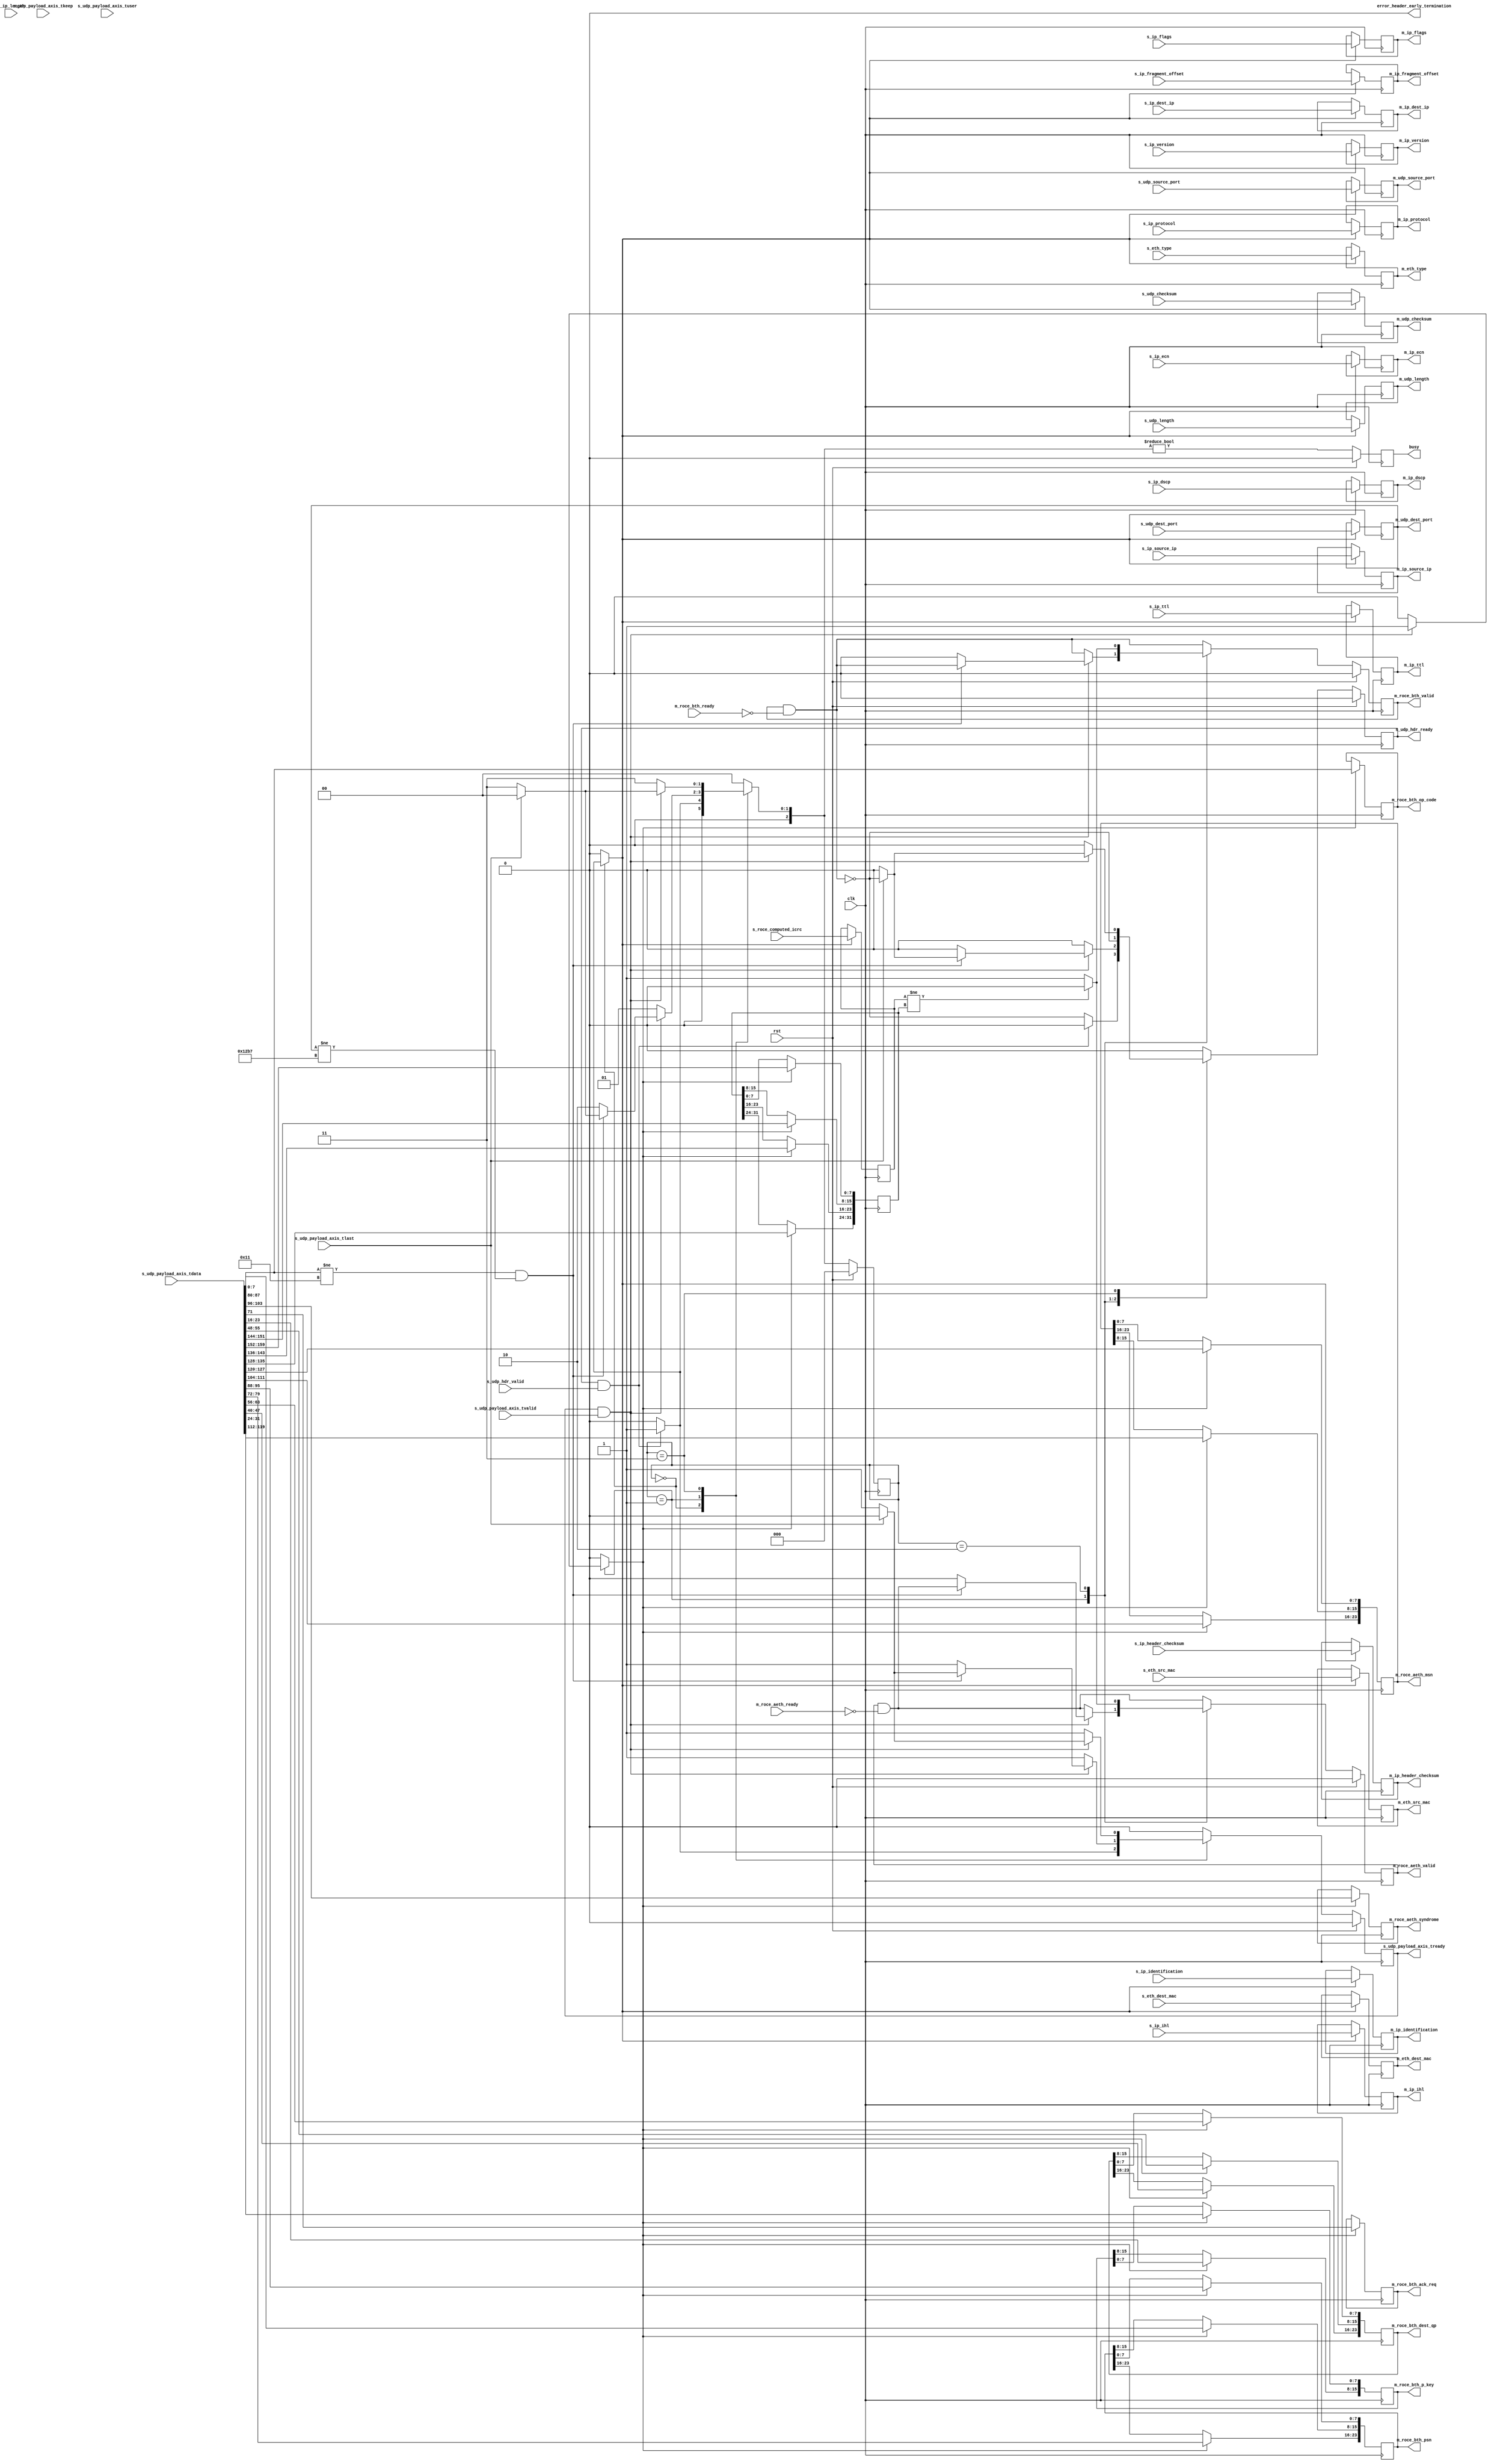
/*

Copyright (c) 2014-2018 Alex Forencich

Permission is hereby granted, free of charge, to any person obtaining a copy
of this software and associated documentation files (the "Software"), to deal
in the Software without restriction, including without limitation the rights
to use, copy, modify, merge, publish, distribute, sublicense, and/or sell
copies of the Software, and to permit persons to whom the Software is
furnished to do so, subject to the following conditions:

The above copyright notice and this permission notice shall be included in
all copies or substantial portions of the Software.

THE SOFTWARE IS PROVIDED "AS IS", WITHOUT WARRANTY OF ANY KIND, EXPRESS OR
IMPLIED, INCLUDING BUT NOT LIMITED TO THE WARRANTIES OF MERCHANTABILITY
FITNESS FOR A PARTICULAR PURPOSE AND NONINFRINGEMENT. IN NO EVENT SHALL THE
AUTHORS OR COPYRIGHT HOLDERS BE LIABLE FOR ANY CLAIM, DAMAGES OR OTHER
LIABILITY, WHETHER IN AN ACTION OF CONTRACT, TORT OR OTHERWISE, ARISING FROM,
OUT OF OR IN CONNECTION WITH THE SOFTWARE OR THE USE OR OTHER DEALINGS IN
THE SOFTWARE.

*/

// Language: Verilog 2001

`resetall `timescale 1ns / 1ps `default_nettype none

/*
 * roce ethernet frame receiver (UDP frame in, RoCE frame out, 64 bit datapath)
 */
module RoCE_udp_rx_512 #(
    parameter ENABLE_ICRC_CHECK = 1'b1
) (
    input wire clk,
    input wire rst,

    /*
     * UDP frame input
     */
    input  wire         s_udp_hdr_valid,
    output wire         s_udp_hdr_ready,
    input  wire [ 47:0] s_eth_dest_mac,
    input  wire [ 47:0] s_eth_src_mac,
    input  wire [ 15:0] s_eth_type,
    input  wire [  3:0] s_ip_version,
    input  wire [  3:0] s_ip_ihl,
    input  wire [  5:0] s_ip_dscp,
    input  wire [  1:0] s_ip_ecn,
    input  wire [ 15:0] s_ip_length,
    input  wire [ 15:0] s_ip_identification,
    input  wire [  2:0] s_ip_flags,
    input  wire [ 12:0] s_ip_fragment_offset,
    input  wire [  7:0] s_ip_ttl,
    input  wire [  7:0] s_ip_protocol,
    input  wire [ 15:0] s_ip_header_checksum,
    input  wire [ 31:0] s_ip_source_ip,
    input  wire [ 31:0] s_ip_dest_ip,
    input  wire [ 15:0] s_udp_source_port,
    input  wire [ 15:0] s_udp_dest_port,
    input  wire [ 15:0] s_udp_length,
    input  wire [ 15:0] s_udp_checksum,
    input  wire [ 31:0] s_roce_computed_icrc,
    input  wire [511:0] s_udp_payload_axis_tdata,
    input  wire [ 63:0] s_udp_payload_axis_tkeep,
    input  wire         s_udp_payload_axis_tvalid,
    output wire         s_udp_payload_axis_tready,
    input  wire         s_udp_payload_axis_tlast,
    input  wire         s_udp_payload_axis_tuser,


    /*
     * RoCE frame output
     */
    // BTH
    output wire        m_roce_bth_valid,
    input  wire        m_roce_bth_ready,
    output wire [ 7:0] m_roce_bth_op_code,
    output wire [15:0] m_roce_bth_p_key,
    output wire [23:0] m_roce_bth_psn,
    output wire [23:0] m_roce_bth_dest_qp,
    output wire        m_roce_bth_ack_req,
    // AETH
    output wire        m_roce_aeth_valid,
    input  wire        m_roce_aeth_ready,
    output wire [ 7:0] m_roce_aeth_syndrome,
    output wire [23:0] m_roce_aeth_msn,
    /*
    // RETH
    output wire        m_roce_reth_valid,
    input  wire        m_roce_reth_ready,
    output wire [63:0] m_roce_reth_v_addr,
    output wire [31:0] m_roce_reth_r_key,
    output wire [31:0] m_roce_reth_length,
    // IMMD
    output wire        m_roce_immdh_valid,
    input  wire        m_roce_immdh_ready,
    output wire [31:0] m_roce_immdh_data,
    */
    // udp, ip, eth
    output wire [47:0] m_eth_dest_mac,
    output wire [47:0] m_eth_src_mac,
    output wire [15:0] m_eth_type,
    output wire [ 3:0] m_ip_version,
    output wire [ 3:0] m_ip_ihl,
    output wire [ 5:0] m_ip_dscp,
    output wire [ 1:0] m_ip_ecn,
    output wire [15:0] m_ip_identification,
    output wire [ 2:0] m_ip_flags,
    output wire [12:0] m_ip_fragment_offset,
    output wire [ 7:0] m_ip_ttl,
    output wire [ 7:0] m_ip_protocol,
    output wire [15:0] m_ip_header_checksum,
    output wire [31:0] m_ip_source_ip,
    output wire [31:0] m_ip_dest_ip,
    output wire [15:0] m_udp_source_port,
    output wire [15:0] m_udp_dest_port,
    output wire [15:0] m_udp_length,
    output wire [15:0] m_udp_checksum,
    /* TODO maybe implement something here?
    output wire [63:0] m_roce_payload_axis_tdata,
    output wire [ 7:0] m_roce_payload_axis_tkeep,
    output wire        m_roce_payload_axis_tvalid,
    input  wire        m_roce_payload_axis_tready,
    output wire        m_roce_payload_axis_tlast,
    output wire        m_roce_payload_axis_tuser,
    */
    /*
     * Status signals
     */
    output wire        busy,
    output wire        error_header_early_termination
);

  /*

RoCE ACK Frame.

RDMA ACK 
IP_HDR + UDP_HDR + BTH + AETH + PAYLOAD + ICRC


+--------------------------------------+
|                BTH                   |
+--------------------------------------+
 Field                       Length
 OP code                     1 octet
 Solicited Event             1 bit
 Mig request                 1 bit
 Pad count                   2 bits
 Header version              4 bits
 Partition key               2 octets
 Reserved                    1 octet
 Queue Pair Number           3 octets
 Ack request                 1 bit
 Reserved                    7 bits
 Packet Sequence Number      3 octets
+--------------------------------------+
|               RETH                   |
+--------------------------------------+
 Field                       Length
 Remote Address              8 octets
 R key                       4 octets
 DMA length                  4 octets
+--------------------------------------+
|               IMMD                   |
+--------------------------------------+
 Field                       Length
 Immediate data              4 octets
+--------------------------------------+
|               AETH                   |
+--------------------------------------+
 Field                       Length
 Syndrome                    1 octet
 Message Sequence Number     3 octets
 
 payload                     length octets
+--------------------------------------+
|               ICRC                   |
+--------------------------------------+
 Field                       Length
 ICRC field                  4 octets

This module receives an IP frame with header fields in parallel and payload on
an AXI stream interface, decodes and strips the UDP header fields, then
produces the header fields in parallel along with the UDP payload in a
separate AXI stream.

*/
  localparam [7:0]
    RC_RDMA_WRITE_FIRST   = 8'h06,
    RC_RDMA_WRITE_MIDDLE  = 8'h07,
    RC_RDMA_WRITE_LAST    = 8'h08,
    RC_RDMA_WRITE_LAST_IMD= 8'h09,
    RC_RDMA_WRITE_ONLY    = 8'h0A,
    RC_RDMA_WRITE_ONLY_IMD= 8'h0B,
    RC_RDMA_ACK           = 8'h11;

  localparam [15:0] ROCE_UDP_PORT = 16'h12B7;


  localparam [2:0] STATE_IDLE = 3'd0, STATE_READ_BTH_AETH = 3'd1, STATE_CHECK_ICRC = 3'd2, STATE_WAIT_LAST = 3'd3;

  reg [2:0] state_reg = STATE_IDLE, state_next;

  // datapath control signals
  reg store_udp_hdr;
  reg store_hdr_word_0;
  reg store_last_word;

  reg [5:0] hdr_ptr_reg = 6'd0, hdr_ptr_next;
  reg [15:0] word_count_reg = 16'd0, word_count_next;

  reg [511:0] last_word_data_reg = 512'd0;
  reg [ 63:0] last_word_keep_reg = 64'd0;

  reg m_roce_bth_valid_reg = 1'b0, m_roce_bth_valid_next;
  reg [ 7:0] m_roce_bth_op_code_reg;
  reg [15:0] m_roce_bth_p_key_reg;
  reg [23:0] m_roce_bth_psn_reg;
  reg [23:0] m_roce_bth_dest_qp_reg;
  reg        m_roce_bth_ack_req_reg;

  reg m_roce_aeth_valid_reg = 1'b0, m_roce_aeth_valid_next;
  reg [ 7:0] m_roce_aeth_syndrome_reg;
  reg [23:0] m_roce_aeth_msn_reg;

  reg [47:0] m_eth_dest_mac_reg = 48'd0;
  reg [47:0] m_eth_src_mac_reg = 48'd0;
  reg [15:0] m_eth_type_reg = 16'd0;
  reg [ 3:0] m_ip_version_reg = 4'd0;
  reg [ 3:0] m_ip_ihl_reg = 4'd0;
  reg [ 5:0] m_ip_dscp_reg = 6'd0;
  reg [ 1:0] m_ip_ecn_reg = 2'd0;
  reg [15:0] m_ip_length_reg = 16'd0;
  reg [15:0] m_ip_identification_reg = 16'd0;
  reg [ 2:0] m_ip_flags_reg = 3'd0;
  reg [12:0] m_ip_fragment_offset_reg = 13'd0;
  reg [ 7:0] m_ip_ttl_reg = 8'd0;
  reg [ 7:0] m_ip_protocol_reg = 8'd0;
  reg [15:0] m_ip_header_checksum_reg = 16'd0;
  reg [31:0] m_ip_source_ip_reg = 32'd0;
  reg [31:0] m_ip_dest_ip_reg = 32'd0;
  reg [15:0] m_udp_source_port_reg = 16'd0;
  reg [15:0] m_udp_dest_port_reg = 16'd0;
  reg [15:0] m_udp_length_reg = 16'd0;
  reg [15:0] m_udp_checksum_reg = 16'd0;

  reg [31:0] m_roce_computed_icrc_reg = 32'd0;
  reg [31:0] m_roce_recieved_icrc_reg = 32'd0;

  reg error_not_roce_ack_reg = 1'b0, error_not_roce_ack_next;

  reg s_udp_hdr_ready_reg = 1'b0, s_udp_hdr_ready_next;
  reg s_udp_payload_axis_tready_reg = 1'b0, s_udp_payload_axis_tready_next;

  reg busy_reg = 1'b0;
  reg error_header_early_termination_reg = 1'b0, error_header_early_termination_next;

  /*
  // internal datapath
  reg  [511:0] m_roce_payload_axis_tdata_int;
  reg  [ 63:0] m_roce_payload_axis_tkeep_int;
  reg         m_roce_payload_axis_tvalid_int;
  reg         m_roce_payload_axis_tready_int_reg = 1'b0;
  reg         m_roce_payload_axis_tlast_int;
  reg         m_roce_payload_axis_tuser_int;
  wire        m_roce_payload_axis_tready_int_early;
  */

  assign s_udp_hdr_ready                = s_udp_hdr_ready_reg;
  assign s_udp_payload_axis_tready      = s_udp_payload_axis_tready_reg;

  assign m_roce_bth_valid               = m_roce_bth_valid_reg;
  assign m_roce_bth_op_code             = m_roce_bth_op_code_reg;
  assign m_roce_bth_p_key               = m_roce_bth_p_key_reg;
  assign m_roce_bth_psn                 = m_roce_bth_psn_reg;
  assign m_roce_bth_dest_qp             = m_roce_bth_dest_qp_reg;
  assign m_roce_bth_ack_req             = m_roce_bth_ack_req_reg;
  assign m_roce_aeth_valid              = m_roce_aeth_valid_reg;
  assign m_roce_aeth_syndrome           = m_roce_aeth_syndrome_reg;
  assign m_roce_aeth_msn                = m_roce_aeth_msn_reg;
  assign m_eth_dest_mac                 = m_eth_dest_mac_reg;
  assign m_eth_src_mac                  = m_eth_src_mac_reg;
  assign m_eth_type                     = m_eth_type_reg;
  assign m_ip_version                   = m_ip_version_reg;
  assign m_ip_ihl                       = m_ip_ihl_reg;
  assign m_ip_dscp                      = m_ip_dscp_reg;
  assign m_ip_ecn                       = m_ip_ecn_reg;
  assign m_ip_identification            = m_ip_identification_reg;
  assign m_ip_flags                     = m_ip_flags_reg;
  assign m_ip_fragment_offset           = m_ip_fragment_offset_reg;
  assign m_ip_ttl                       = m_ip_ttl_reg;
  assign m_ip_protocol                  = m_ip_protocol_reg;
  assign m_ip_header_checksum           = m_ip_header_checksum_reg;
  assign m_ip_source_ip                 = m_ip_source_ip_reg;
  assign m_ip_dest_ip                   = m_ip_dest_ip_reg;
  assign m_udp_source_port              = m_udp_source_port_reg;
  assign m_udp_dest_port                = m_udp_dest_port_reg;
  assign m_udp_length                   = m_udp_length_reg;
  assign m_udp_checksum                 = m_udp_checksum_reg;

  assign busy                           = busy_reg;
  assign error_header_early_termination = error_header_early_termination_reg;

  function [15:0] keep2count;
    input [63:0] k;
    casez (k)
      64'bzzzzzzzzzzzzzzzzzzzzzzzzzzzzzzzzzzzzzzzzzzzzzzzzzzzzzzzzzzzzzzz0: keep2count = 16'd0;
      64'bzzzzzzzzzzzzzzzzzzzzzzzzzzzzzzzzzzzzzzzzzzzzzzzzzzzzzzzzzzzzzz01: keep2count = 16'd1;
      64'bzzzzzzzzzzzzzzzzzzzzzzzzzzzzzzzzzzzzzzzzzzzzzzzzzzzzzzzzzzzzz011: keep2count = 16'd2;
      64'bzzzzzzzzzzzzzzzzzzzzzzzzzzzzzzzzzzzzzzzzzzzzzzzzzzzzzzzzzzzz0111: keep2count = 16'd3;
      64'bzzzzzzzzzzzzzzzzzzzzzzzzzzzzzzzzzzzzzzzzzzzzzzzzzzzzzzzzzzz01111: keep2count = 16'd4;
      64'bzzzzzzzzzzzzzzzzzzzzzzzzzzzzzzzzzzzzzzzzzzzzzzzzzzzzzzzzzz011111: keep2count = 16'd5;
      64'bzzzzzzzzzzzzzzzzzzzzzzzzzzzzzzzzzzzzzzzzzzzzzzzzzzzzzzzzz0111111: keep2count = 16'd6;
      64'bzzzzzzzzzzzzzzzzzzzzzzzzzzzzzzzzzzzzzzzzzzzzzzzzzzzzzzzz01111111: keep2count = 16'd7;
      64'bzzzzzzzzzzzzzzzzzzzzzzzzzzzzzzzzzzzzzzzzzzzzzzzzzzzzzzz011111111: keep2count = 16'd8;
      64'bzzzzzzzzzzzzzzzzzzzzzzzzzzzzzzzzzzzzzzzzzzzzzzzzzzzzzz0111111111: keep2count = 16'd9;
      64'bzzzzzzzzzzzzzzzzzzzzzzzzzzzzzzzzzzzzzzzzzzzzzzzzzzzzz01111111111: keep2count = 16'd10;
      64'bzzzzzzzzzzzzzzzzzzzzzzzzzzzzzzzzzzzzzzzzzzzzzzzzzzzz011111111111: keep2count = 16'd11;
      64'bzzzzzzzzzzzzzzzzzzzzzzzzzzzzzzzzzzzzzzzzzzzzzzzzzzz0111111111111: keep2count = 16'd12;
      64'bzzzzzzzzzzzzzzzzzzzzzzzzzzzzzzzzzzzzzzzzzzzzzzzzzz01111111111111: keep2count = 16'd13;
      64'bzzzzzzzzzzzzzzzzzzzzzzzzzzzzzzzzzzzzzzzzzzzzzzzzz011111111111111: keep2count = 16'd14;
      64'bzzzzzzzzzzzzzzzzzzzzzzzzzzzzzzzzzzzzzzzzzzzzzzzz0111111111111111: keep2count = 16'd15;
      64'bzzzzzzzzzzzzzzzzzzzzzzzzzzzzzzzzzzzzzzzzzzzzzzz01111111111111111: keep2count = 16'd16;
      64'bzzzzzzzzzzzzzzzzzzzzzzzzzzzzzzzzzzzzzzzzzzzzzz011111111111111111: keep2count = 16'd17;
      64'bzzzzzzzzzzzzzzzzzzzzzzzzzzzzzzzzzzzzzzzzzzzzz0111111111111111111: keep2count = 16'd18;
      64'bzzzzzzzzzzzzzzzzzzzzzzzzzzzzzzzzzzzzzzzzzzzz01111111111111111111: keep2count = 16'd19;
      64'bzzzzzzzzzzzzzzzzzzzzzzzzzzzzzzzzzzzzzzzzzzz011111111111111111111: keep2count = 16'd20;
      64'bzzzzzzzzzzzzzzzzzzzzzzzzzzzzzzzzzzzzzzzzzz0111111111111111111111: keep2count = 16'd21;
      64'bzzzzzzzzzzzzzzzzzzzzzzzzzzzzzzzzzzzzzzzzz01111111111111111111111: keep2count = 16'd22;
      64'bzzzzzzzzzzzzzzzzzzzzzzzzzzzzzzzzzzzzzzzz011111111111111111111111: keep2count = 16'd23;
      64'bzzzzzzzzzzzzzzzzzzzzzzzzzzzzzzzzzzzzzzz0111111111111111111111111: keep2count = 16'd24;
      64'bzzzzzzzzzzzzzzzzzzzzzzzzzzzzzzzzzzzzzz01111111111111111111111111: keep2count = 16'd25;
      64'bzzzzzzzzzzzzzzzzzzzzzzzzzzzzzzzzzzzzz011111111111111111111111111: keep2count = 16'd26;
      64'bzzzzzzzzzzzzzzzzzzzzzzzzzzzzzzzzzzzz0111111111111111111111111111: keep2count = 16'd27;
      64'bzzzzzzzzzzzzzzzzzzzzzzzzzzzzzzzzzzz01111111111111111111111111111: keep2count = 16'd28;
      64'bzzzzzzzzzzzzzzzzzzzzzzzzzzzzzzzzzz011111111111111111111111111111: keep2count = 16'd29;
      64'bzzzzzzzzzzzzzzzzzzzzzzzzzzzzzzzzz0111111111111111111111111111111: keep2count = 16'd30;
      64'bzzzzzzzzzzzzzzzzzzzzzzzzzzzzzzzz01111111111111111111111111111111: keep2count = 16'd31;
      64'bzzzzzzzzzzzzzzzzzzzzzzzzzzzzzzz011111111111111111111111111111111: keep2count = 16'd32;
      64'bzzzzzzzzzzzzzzzzzzzzzzzzzzzzzz0111111111111111111111111111111111: keep2count = 16'd33;
      64'bzzzzzzzzzzzzzzzzzzzzzzzzzzzzz01111111111111111111111111111111111: keep2count = 16'd34;
      64'bzzzzzzzzzzzzzzzzzzzzzzzzzzzz011111111111111111111111111111111111: keep2count = 16'd35;
      64'bzzzzzzzzzzzzzzzzzzzzzzzzzzz0111111111111111111111111111111111111: keep2count = 16'd36;
      64'bzzzzzzzzzzzzzzzzzzzzzzzzzz01111111111111111111111111111111111111: keep2count = 16'd37;
      64'bzzzzzzzzzzzzzzzzzzzzzzzzz011111111111111111111111111111111111111: keep2count = 16'd38;
      64'bzzzzzzzzzzzzzzzzzzzzzzzz0111111111111111111111111111111111111111: keep2count = 16'd39;
      64'bzzzzzzzzzzzzzzzzzzzzzzz01111111111111111111111111111111111111111: keep2count = 16'd40;
      64'bzzzzzzzzzzzzzzzzzzzzzz011111111111111111111111111111111111111111: keep2count = 16'd41;
      64'bzzzzzzzzzzzzzzzzzzzzz0111111111111111111111111111111111111111111: keep2count = 16'd42;
      64'bzzzzzzzzzzzzzzzzzzzz01111111111111111111111111111111111111111111: keep2count = 16'd43;
      64'bzzzzzzzzzzzzzzzzzzz011111111111111111111111111111111111111111111: keep2count = 16'd44;
      64'bzzzzzzzzzzzzzzzzzz0111111111111111111111111111111111111111111111: keep2count = 16'd45;
      64'bzzzzzzzzzzzzzzzzz01111111111111111111111111111111111111111111111: keep2count = 16'd46;
      64'bzzzzzzzzzzzzzzzz011111111111111111111111111111111111111111111111: keep2count = 16'd47;
      64'bzzzzzzzzzzzzzzz0111111111111111111111111111111111111111111111111: keep2count = 16'd48;
      64'bzzzzzzzzzzzzzz01111111111111111111111111111111111111111111111111: keep2count = 16'd49;
      64'bzzzzzzzzzzzzz011111111111111111111111111111111111111111111111111: keep2count = 16'd50;
      64'bzzzzzzzzzzzz0111111111111111111111111111111111111111111111111111: keep2count = 16'd51;
      64'bzzzzzzzzzzz01111111111111111111111111111111111111111111111111111: keep2count = 16'd52;
      64'bzzzzzzzzzz011111111111111111111111111111111111111111111111111111: keep2count = 16'd53;
      64'bzzzzzzzzz0111111111111111111111111111111111111111111111111111111: keep2count = 16'd54;
      64'bzzzzzzzz01111111111111111111111111111111111111111111111111111111: keep2count = 16'd55;
      64'bzzzzzzz011111111111111111111111111111111111111111111111111111111: keep2count = 16'd56;
      64'bzzzzzz0111111111111111111111111111111111111111111111111111111111: keep2count = 16'd57;
      64'bzzzzz01111111111111111111111111111111111111111111111111111111111: keep2count = 16'd58;
      64'bzzzz011111111111111111111111111111111111111111111111111111111111: keep2count = 16'd59;
      64'bzzz0111111111111111111111111111111111111111111111111111111111111: keep2count = 16'd60;
      64'bzz01111111111111111111111111111111111111111111111111111111111111: keep2count = 16'd61;
      64'bz011111111111111111111111111111111111111111111111111111111111111: keep2count = 16'd62;
      64'b0111111111111111111111111111111111111111111111111111111111111111: keep2count = 16'd63;
      64'b1111111111111111111111111111111111111111111111111111111111111111: keep2count = 16'd64;
    endcase
  endfunction

  function [63:0] count2keep;
    input [6:0] k;
    case (k)
      7'd0:    count2keep = 64'b0000000000000000000000000000000000000000000000000000000000000000;
      7'd1:    count2keep = 64'b0000000000000000000000000000000000000000000000000000000000000001;
      7'd2:    count2keep = 64'b0000000000000000000000000000000000000000000000000000000000000011;
      7'd3:    count2keep = 64'b0000000000000000000000000000000000000000000000000000000000000111;
      7'd4:    count2keep = 64'b0000000000000000000000000000000000000000000000000000000000001111;
      7'd5:    count2keep = 64'b0000000000000000000000000000000000000000000000000000000000011111;
      7'd6:    count2keep = 64'b0000000000000000000000000000000000000000000000000000000000111111;
      7'd7:    count2keep = 64'b0000000000000000000000000000000000000000000000000000000001111111;
      7'd8:    count2keep = 64'b0000000000000000000000000000000000000000000000000000000011111111;
      7'd9:    count2keep = 64'b0000000000000000000000000000000000000000000000000000000111111111;
      7'd10:   count2keep = 64'b0000000000000000000000000000000000000000000000000000001111111111;
      7'd11:   count2keep = 64'b0000000000000000000000000000000000000000000000000000011111111111;
      7'd12:   count2keep = 64'b0000000000000000000000000000000000000000000000000000111111111111;
      7'd13:   count2keep = 64'b0000000000000000000000000000000000000000000000000001111111111111;
      7'd14:   count2keep = 64'b0000000000000000000000000000000000000000000000000011111111111111;
      7'd15:   count2keep = 64'b0000000000000000000000000000000000000000000000000111111111111111;
      7'd16:   count2keep = 64'b0000000000000000000000000000000000000000000000001111111111111111;
      7'd17:   count2keep = 64'b0000000000000000000000000000000000000000000000011111111111111111;
      7'd18:   count2keep = 64'b0000000000000000000000000000000000000000000000111111111111111111;
      7'd19:   count2keep = 64'b0000000000000000000000000000000000000000000001111111111111111111;
      7'd20:   count2keep = 64'b0000000000000000000000000000000000000000000011111111111111111111;
      7'd21:   count2keep = 64'b0000000000000000000000000000000000000000000111111111111111111111;
      7'd22:   count2keep = 64'b0000000000000000000000000000000000000000001111111111111111111111;
      7'd23:   count2keep = 64'b0000000000000000000000000000000000000000011111111111111111111111;
      7'd24:   count2keep = 64'b0000000000000000000000000000000000000000111111111111111111111111;
      7'd25:   count2keep = 64'b0000000000000000000000000000000000000001111111111111111111111111;
      7'd26:   count2keep = 64'b0000000000000000000000000000000000000011111111111111111111111111;
      7'd27:   count2keep = 64'b0000000000000000000000000000000000000111111111111111111111111111;
      7'd28:   count2keep = 64'b0000000000000000000000000000000000001111111111111111111111111111;
      7'd29:   count2keep = 64'b0000000000000000000000000000000000011111111111111111111111111111;
      7'd30:   count2keep = 64'b0000000000000000000000000000000000111111111111111111111111111111;
      7'd31:   count2keep = 64'b0000000000000000000000000000000001111111111111111111111111111111;
      7'd32:   count2keep = 64'b0000000000000000000000000000000011111111111111111111111111111111;
      7'd33:   count2keep = 64'b0000000000000000000000000000000111111111111111111111111111111111;
      7'd34:   count2keep = 64'b0000000000000000000000000000001111111111111111111111111111111111;
      7'd35:   count2keep = 64'b0000000000000000000000000000011111111111111111111111111111111111;
      7'd36:   count2keep = 64'b0000000000000000000000000000111111111111111111111111111111111111;
      7'd37:   count2keep = 64'b0000000000000000000000000001111111111111111111111111111111111111;
      7'd38:   count2keep = 64'b0000000000000000000000000011111111111111111111111111111111111111;
      7'd39:   count2keep = 64'b0000000000000000000000000111111111111111111111111111111111111111;
      7'd40:   count2keep = 64'b0000000000000000000000001111111111111111111111111111111111111111;
      7'd41:   count2keep = 64'b0000000000000000000000011111111111111111111111111111111111111111;
      7'd42:   count2keep = 64'b0000000000000000000000111111111111111111111111111111111111111111;
      7'd43:   count2keep = 64'b0000000000000000000001111111111111111111111111111111111111111111;
      7'd44:   count2keep = 64'b0000000000000000000011111111111111111111111111111111111111111111;
      7'd45:   count2keep = 64'b0000000000000000000111111111111111111111111111111111111111111111;
      7'd46:   count2keep = 64'b0000000000000000001111111111111111111111111111111111111111111111;
      7'd47:   count2keep = 64'b0000000000000000011111111111111111111111111111111111111111111111;
      7'd48:   count2keep = 64'b0000000000000000111111111111111111111111111111111111111111111111;
      7'd49:   count2keep = 64'b0000000000000001111111111111111111111111111111111111111111111111;
      7'd50:   count2keep = 64'b0000000000000011111111111111111111111111111111111111111111111111;
      7'd51:   count2keep = 64'b0000000000000111111111111111111111111111111111111111111111111111;
      7'd52:   count2keep = 64'b0000000000001111111111111111111111111111111111111111111111111111;
      7'd53:   count2keep = 64'b0000000000011111111111111111111111111111111111111111111111111111;
      7'd54:   count2keep = 64'b0000000000111111111111111111111111111111111111111111111111111111;
      7'd55:   count2keep = 64'b0000000001111111111111111111111111111111111111111111111111111111;
      7'd56:   count2keep = 64'b0000000011111111111111111111111111111111111111111111111111111111;
      7'd57:   count2keep = 64'b0000000111111111111111111111111111111111111111111111111111111111;
      7'd58:   count2keep = 64'b0000001111111111111111111111111111111111111111111111111111111111;
      7'd59:   count2keep = 64'b0000011111111111111111111111111111111111111111111111111111111111;
      7'd60:   count2keep = 64'b0000111111111111111111111111111111111111111111111111111111111111;
      7'd61:   count2keep = 64'b0001111111111111111111111111111111111111111111111111111111111111;
      7'd62:   count2keep = 64'b0011111111111111111111111111111111111111111111111111111111111111;
      7'd63:   count2keep = 64'b0111111111111111111111111111111111111111111111111111111111111111;
      7'd64:   count2keep = 64'b1111111111111111111111111111111111111111111111111111111111111111;
      default: count2keep = 64'b1111111111111111111111111111111111111111111111111111111111111111;
    endcase
  endfunction

  always @* begin
    state_next = STATE_IDLE;

    s_udp_hdr_ready_next = 1'b0;
    s_udp_payload_axis_tready_next = 1'b0;

    store_udp_hdr = 1'b0;
    store_hdr_word_0 = 1'b0;

    store_last_word = 1'b0;

    hdr_ptr_next = hdr_ptr_reg;
    word_count_next = word_count_reg;

    m_roce_bth_valid_next = m_roce_bth_valid_reg && !m_roce_bth_ready;
    m_roce_aeth_valid_next = m_roce_aeth_valid_reg && !m_roce_aeth_ready;

    error_not_roce_ack_next = 1'b0;
    error_header_early_termination_next = 1'b0;

    /*
    m_roce_payload_axis_tdata_int = 64'd0;
    m_roce_payload_axis_tkeep_int = 8'd0;
    m_roce_payload_axis_tvalid_int = 1'b0;
    m_roce_payload_axis_tlast_int = 1'b0;
    m_roce_payload_axis_tuser_int = 1'b0;
    */

    case (state_reg)
      STATE_IDLE: begin
        // idle state - wait for header
        hdr_ptr_next = 6'd0;
        s_udp_hdr_ready_next = !m_roce_bth_valid_next;

        if (s_udp_hdr_ready && s_udp_hdr_valid) begin
          s_udp_hdr_ready_next = 1'b0;
          s_udp_payload_axis_tready_next = 1'b1;
          store_udp_hdr = 1'b1;
          state_next = STATE_READ_BTH_AETH;
        end else begin
          state_next = STATE_IDLE;
        end
      end
      STATE_READ_BTH_AETH: begin
        // read header state
        s_udp_payload_axis_tready_next = 1'b1;

        word_count_next = m_udp_length_reg;

        if (s_udp_payload_axis_tready && s_udp_payload_axis_tvalid) begin
          // word transfer in - store it
          state_next = STATE_READ_BTH_AETH;

          store_hdr_word_0 = 1'b1;
          if (s_udp_payload_axis_tdata[7:0] != RC_RDMA_ACK && m_udp_dest_port_reg != ROCE_UDP_PORT) begin
            // Drop anything beside RDMA ACK packets
            error_not_roce_ack_next = 1'b1;
            if (s_udp_payload_axis_tlast) begin
              s_udp_hdr_ready_next = !m_roce_bth_valid_next;
              s_udp_payload_axis_tready_next = 1'b0;
              state_next = STATE_IDLE;
            end else begin
              s_udp_payload_axis_tready_next = 1'b1;
              state_next = STATE_WAIT_LAST;
            end
          end else begin
            state_next = STATE_CHECK_ICRC;
            m_roce_bth_valid_next  <= 1'b0;
            m_roce_aeth_valid_next <= 1'b0;
          end
        end else begin
          state_next = STATE_READ_BTH_AETH;
        end
      end

      STATE_CHECK_ICRC: begin

        s_udp_payload_axis_tready_next = 1'b0;
        s_udp_hdr_ready_next = !m_roce_bth_valid_next;
        state_next = STATE_IDLE;
        if (ENABLE_ICRC_CHECK) begin
          if (m_roce_computed_icrc_reg != m_roce_recieved_icrc_reg) begin
            m_roce_bth_valid_next  = 1'b0;
            m_roce_aeth_valid_next = 1'b0;
          end else begin
            m_roce_bth_valid_next  = 1'b1;
            m_roce_aeth_valid_next = 1'b1;
          end
        end else begin
          m_roce_bth_valid_next  = 1'b1;
          m_roce_aeth_valid_next = 1'b1;
        end

      end

      STATE_WAIT_LAST: begin
        // wait for end of frame; read and discard
        s_udp_payload_axis_tready_next = 1'b1;

        if (s_udp_payload_axis_tready && s_udp_payload_axis_tvalid) begin
          if (s_udp_payload_axis_tlast) begin
            s_udp_hdr_ready_next = !m_roce_bth_valid_next;
            s_udp_payload_axis_tready_next = 1'b0;
            state_next = STATE_IDLE;
          end else begin
            state_next = STATE_WAIT_LAST;
          end
        end else begin
          state_next = STATE_WAIT_LAST;
        end
      end
    endcase
  end

  always @(posedge clk) begin
    if (rst) begin
      state_reg                          <= STATE_IDLE;
      s_udp_hdr_ready_reg                <= 1'b0;
      s_udp_payload_axis_tready_reg      <= 1'b0;
      m_roce_bth_valid_reg               <= 1'b0;
      m_roce_aeth_valid_reg              <= 1'b0;
      busy_reg                           <= 1'b0;
      error_header_early_termination_reg <= 1'b0;
      error_not_roce_ack_reg             <= 1'b0;
    end else begin
      state_reg                          <= state_next;

      s_udp_hdr_ready_reg                <= s_udp_hdr_ready_next;
      s_udp_payload_axis_tready_reg      <= s_udp_payload_axis_tready_next;

      m_roce_bth_valid_reg               <= m_roce_bth_valid_next;
      m_roce_aeth_valid_reg              <= m_roce_aeth_valid_next;

      error_header_early_termination_reg <= error_header_early_termination_next;
      error_not_roce_ack_reg             <= error_not_roce_ack_next;

      busy_reg                           <= state_next != STATE_IDLE;
    end

    hdr_ptr_reg <= hdr_ptr_next;

    word_count_reg <= word_count_next;

    // datapath
    if (store_udp_hdr) begin
      m_eth_dest_mac_reg       <= s_eth_dest_mac;
      m_eth_src_mac_reg        <= s_eth_src_mac;
      m_eth_type_reg           <= s_eth_type;
      m_ip_version_reg         <= s_ip_version;
      m_ip_ihl_reg             <= s_ip_ihl;
      m_ip_dscp_reg            <= s_ip_dscp;
      m_ip_ecn_reg             <= s_ip_ecn;
      m_ip_length_reg          <= s_ip_length;
      m_ip_identification_reg  <= s_ip_identification;
      m_ip_flags_reg           <= s_ip_flags;
      m_ip_fragment_offset_reg <= s_ip_fragment_offset;
      m_ip_ttl_reg             <= s_ip_ttl;
      m_ip_protocol_reg        <= s_ip_protocol;
      m_ip_header_checksum_reg <= s_ip_header_checksum;
      m_ip_source_ip_reg       <= s_ip_source_ip;
      m_ip_dest_ip_reg         <= s_ip_dest_ip;
      m_udp_source_port_reg    <= s_udp_source_port;
      m_udp_dest_port_reg      <= s_udp_dest_port;
      m_udp_length_reg         <= s_udp_length;
      m_udp_checksum_reg       <= s_udp_checksum;
      m_roce_computed_icrc_reg <= s_roce_computed_icrc;
    end

    /*
    if (store_last_word) begin
      last_word_data_reg <= m_roce_payload_axis_tdata_int;
      last_word_keep_reg <= m_roce_payload_axis_tkeep_int;
    end
    */

    if (store_hdr_word_0) begin
      m_roce_bth_op_code_reg          <= s_udp_payload_axis_tdata[7:0];
      /* 
      solicited_event                 <= s_udp_payload_axis_tdata[7];
      mig_regquest                    <= s_udp_payload_axis_tdata[6];
      pad_count                       <= s_udp_payload_axis_tdata[5:4];
      header_version                  <= s_udp_payload_axis_tdata[3:0];
      */
      m_roce_bth_p_key_reg[15:8]      <= s_udp_payload_axis_tdata[23:16];
      m_roce_bth_p_key_reg[7:0]       <= s_udp_payload_axis_tdata[31:24];
      /*
      reserved                        <= s_udp_payload_axis_tdata[39:32];
      */
      m_roce_bth_dest_qp_reg[23:16]   <= s_udp_payload_axis_tdata[47:40];
      m_roce_bth_dest_qp_reg[15:8]    <= s_udp_payload_axis_tdata[55:48];
      m_roce_bth_dest_qp_reg[7:0]     <= s_udp_payload_axis_tdata[63:56];
      /*
      reserved                        <= s_udp_payload_axis_tdata[70:64]
      */
      m_roce_bth_ack_req_reg          <= s_udp_payload_axis_tdata[71];

      m_roce_bth_psn_reg[23:16]       <= s_udp_payload_axis_tdata[79:72];
      m_roce_bth_psn_reg[15:8]        <= s_udp_payload_axis_tdata[87:80];
      m_roce_bth_psn_reg[7:0]         <= s_udp_payload_axis_tdata[95:88];
      m_roce_aeth_syndrome_reg[7:0]   <= s_udp_payload_axis_tdata[103:96];
      m_roce_aeth_msn_reg[23:16]      <= s_udp_payload_axis_tdata[111:104];
      m_roce_aeth_msn_reg[15:8]       <= s_udp_payload_axis_tdata[119:112];
      m_roce_aeth_msn_reg[7:0]        <= s_udp_payload_axis_tdata[127:120];

      m_roce_recieved_icrc_reg[31:24] <= s_udp_payload_axis_tdata[135:128];
      m_roce_recieved_icrc_reg[23:16] <= s_udp_payload_axis_tdata[143:136];
      m_roce_recieved_icrc_reg[15:8]  <= s_udp_payload_axis_tdata[151:144];
      m_roce_recieved_icrc_reg[7:0]   <= s_udp_payload_axis_tdata[159:152];
    end
  end

endmodule

`resetall